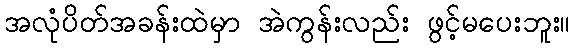
အလုံပိတ်အခန်းထဲမှာ အဲကွန်းလည်း ဖွင့်မပေးဘူး။